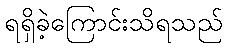
ရရှိခဲ့ကြောင်းသိရသည်